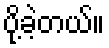
ပို့ခဲ့တယ်။